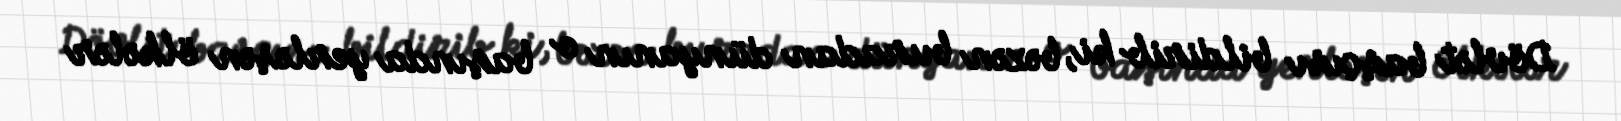
Dövlət başçısı bildirib ki, bəzən buradan dünyanın o başında yerləşən ölkələr